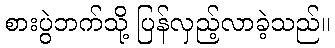
စားပွဲဘက်သို့ ပြန်လှည့်လာခဲ့သည်။